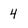
Character: 4